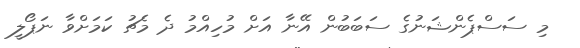
މި ސަސްޕެންޝަނުގެ ސަބަބުން އޭނާ އަށް މުހިއްމު ދެ މެޗު ކަމަށްވާ ނަޕޯލީ